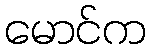
မောင်က